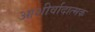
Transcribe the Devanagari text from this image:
आशीर्वादात्मक